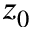
z _ { 0 }